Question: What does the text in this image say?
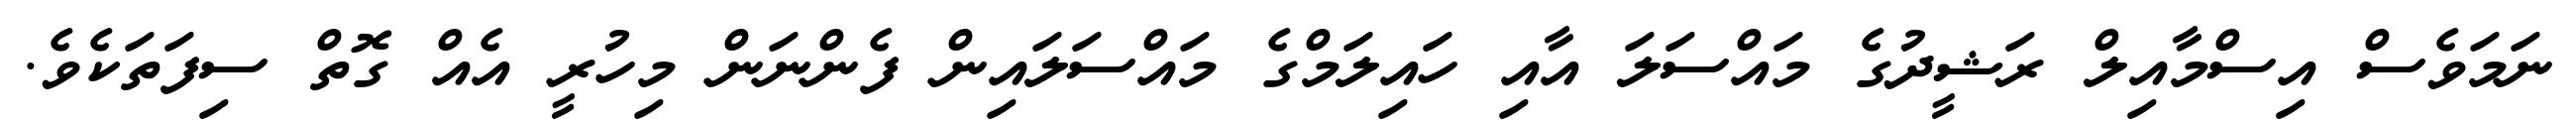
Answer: ނަމަވެސް އިސްމާއިލް ރަޝީދުގެ މައްސަލަ އާއި ހައިލަމްގެ މައްސަލައިން ފެންނަން މިހުރީ އެއް ގޮތް ސިފަތަކެވެ.